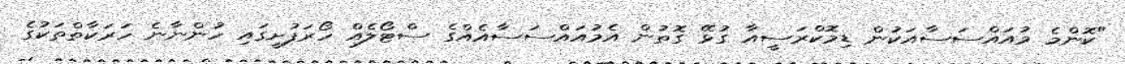
"ކޮންމެ މުއައްސަސާއަކުން ޑިމޮކްރަސީއާ ގުޅޭ ގޮތުން އެމުއައްސަސާއެއްގެ ސްޓޯލެއް ހޯރަފުށީގައި ހުންނާނެ ހަރަކާތްތަކުގެ